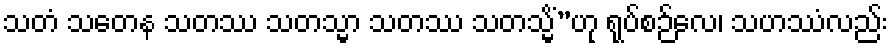
သတံ သတေန သတဿ သတသ္မာ သတဿ သတသ္မိံ”ဟု ရုပ်စဉ်လေ၊ သဟဿံလည်း